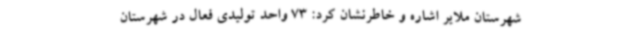
شهرستان ملایر اشاره و خاطرنشان کرد: 73 واحد تولیدی فعال در شهرستان